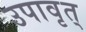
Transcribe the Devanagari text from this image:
उपावृत्